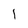
Character: I